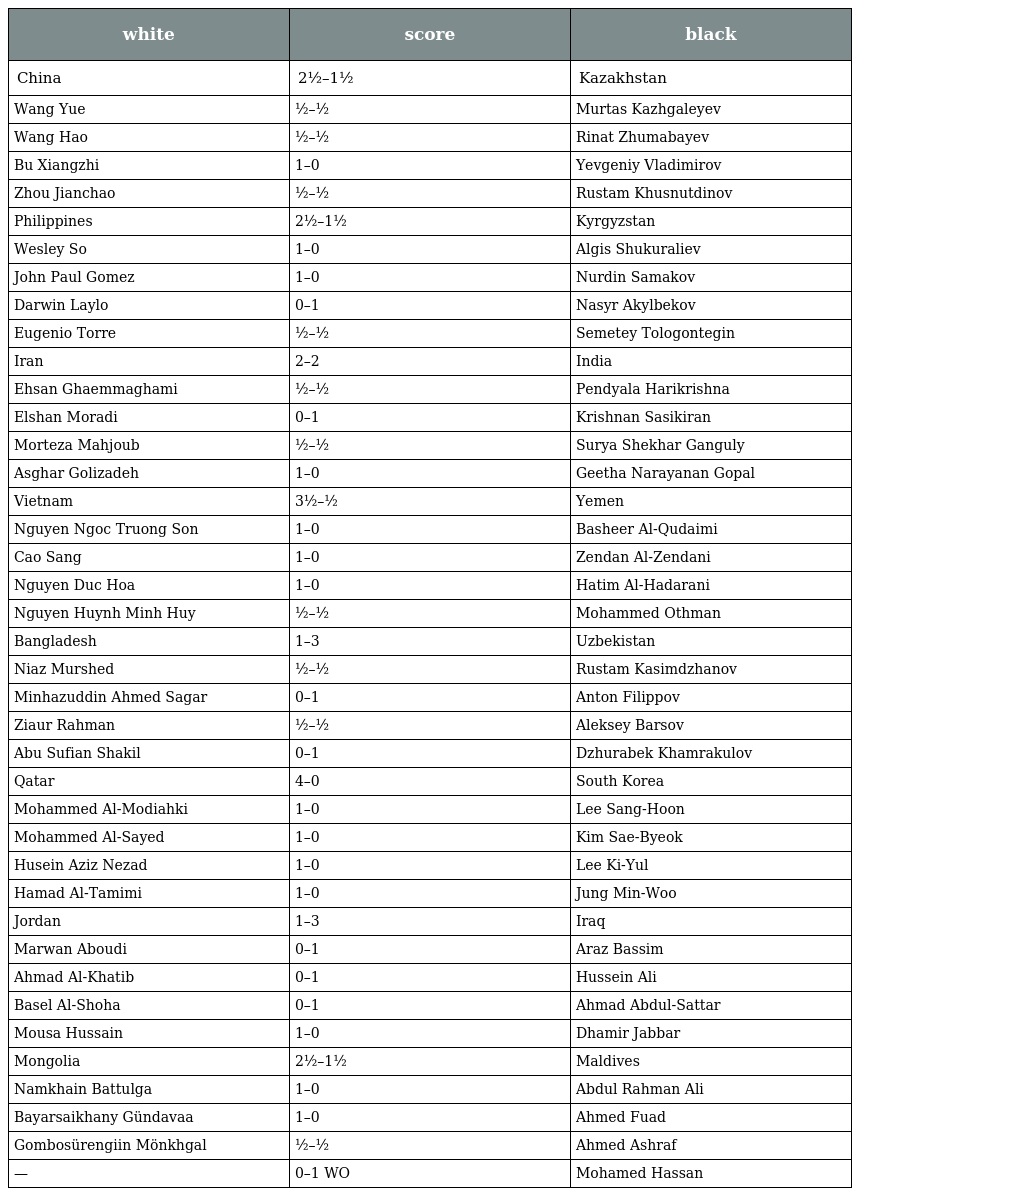
| white | score | black |
 | --- | --- | --- |
 | China | 2½–1½ | Kazakhstan |
 | Wang Yue | ½–½ | Murtas Kazhgaleyev |
 | Wang Hao | ½–½ | Rinat Zhumabayev |
 | Bu Xiangzhi | 1–0 | Yevgeniy Vladimirov |
 | Zhou Jianchao | ½–½ | Rustam Khusnutdinov |
 | Philippines | 2½–1½ | Kyrgyzstan |
 | Wesley So | 1–0 | Algis Shukuraliev |
 | John Paul Gomez | 1–0 | Nurdin Samakov |
 | Darwin Laylo | 0–1 | Nasyr Akylbekov |
 | Eugenio Torre | ½–½ | Semetey Tologontegin |
 | Iran | 2–2 | India |
 | Ehsan Ghaemmaghami | ½–½ | Pendyala Harikrishna |
 | Elshan Moradi | 0–1 | Krishnan Sasikiran |
 | Morteza Mahjoub | ½–½ | Surya Shekhar Ganguly |
 | Asghar Golizadeh | 1–0 | Geetha Narayanan Gopal |
 | Vietnam | 3½–½ | Yemen |
 | Nguyen Ngoc Truong Son | 1–0 | Basheer Al-Qudaimi |
 | Cao Sang | 1–0 | Zendan Al-Zendani |
 | Nguyen Duc Hoa | 1–0 | Hatim Al-Hadarani |
 | Nguyen Huynh Minh Huy | ½–½ | Mohammed Othman |
 | Bangladesh | 1–3 | Uzbekistan |
 | Niaz Murshed | ½–½ | Rustam Kasimdzhanov |
 | Minhazuddin Ahmed Sagar | 0–1 | Anton Filippov |
 | Ziaur Rahman | ½–½ | Aleksey Barsov |
 | Abu Sufian Shakil | 0–1 | Dzhurabek Khamrakulov |
 | Qatar | 4–0 | South Korea |
 | Mohammed Al-Modiahki | 1–0 | Lee Sang-Hoon |
 | Mohammed Al-Sayed | 1–0 | Kim Sae-Byeok |
 | Husein Aziz Nezad | 1–0 | Lee Ki-Yul |
 | Hamad Al-Tamimi | 1–0 | Jung Min-Woo |
 | Jordan | 1–3 | Iraq |
 | Marwan Aboudi | 0–1 | Araz Bassim |
 | Ahmad Al-Khatib | 0–1 | Hussein Ali |
 | Basel Al-Shoha | 0–1 | Ahmad Abdul-Sattar |
 | Mousa Hussain | 1–0 | Dhamir Jabbar |
 | Mongolia | 2½–1½ | Maldives |
 | Namkhain Battulga | 1–0 | Abdul Rahman Ali |
 | Bayarsaikhany Gündavaa | 1–0 | Ahmed Fuad |
 | Gombosürengiin Mönkhgal | ½–½ | Ahmed Ashraf |
 | — | 0–1 WO | Mohamed Hassan |